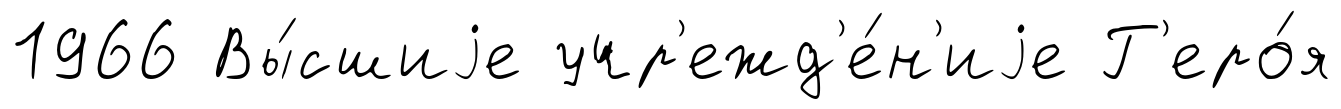
1966 Вы́сшиjе учр'ежд'е́н'иjе Г'еро́я